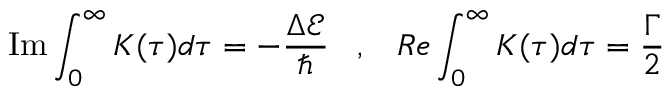
\mathrm { I m } \int _ { 0 } ^ { \infty } K ( \tau ) d \tau = - \frac { \Delta \mathcal { E } } { \hbar } \; \; \; , \; \; \; R e \int _ { 0 } ^ { \infty } K ( \tau ) d \tau = \frac { \Gamma } { 2 }